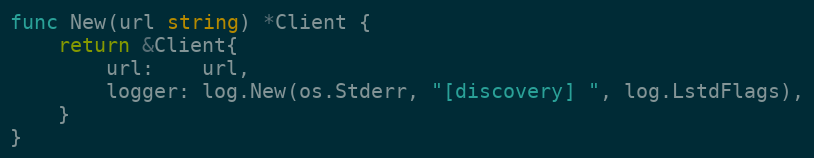
Language: Go
func New(url string) *Client {
	return &Client{
		url:    url,
		logger: log.New(os.Stderr, "[discovery] ", log.LstdFlags),
	}
}